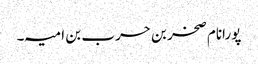
پورانام صخر بن حرب بن امیہ۔